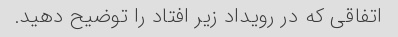
اتفاقی که در رویداد زیر افتاد را توضیح دهید.